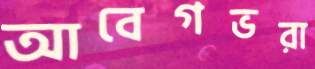
আবেগভরা